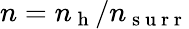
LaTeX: n=n_{\mathrm{~h~}}/n_{\mathrm{~s~u~r~r~}}